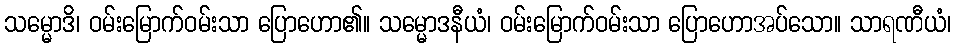
သမ္မောဒိ၊ ဝမ်းမြောက်ဝမ်းသာ ပြောဟော၏။ သမ္မောဒနီယံ၊ ဝမ်းမြောက်ဝမ်းသာ ပြောဟောအပ်သော။ သာရဏီယံ၊